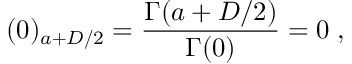
( 0 ) _ { a + D / 2 } = \frac { \Gamma ( a + D / 2 ) } { \Gamma ( 0 ) } = 0 \; ,